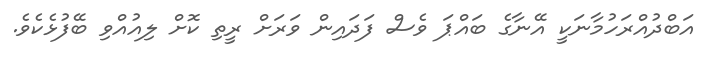
އަބްދުއްރަހުމާނަކީ އޭނާގެ ބައްޕަ ވެސް ފަދައިން ވަރަށް ރީތި ކޮށް ލިއުއްވި ބޭފުޅެކެވެ.